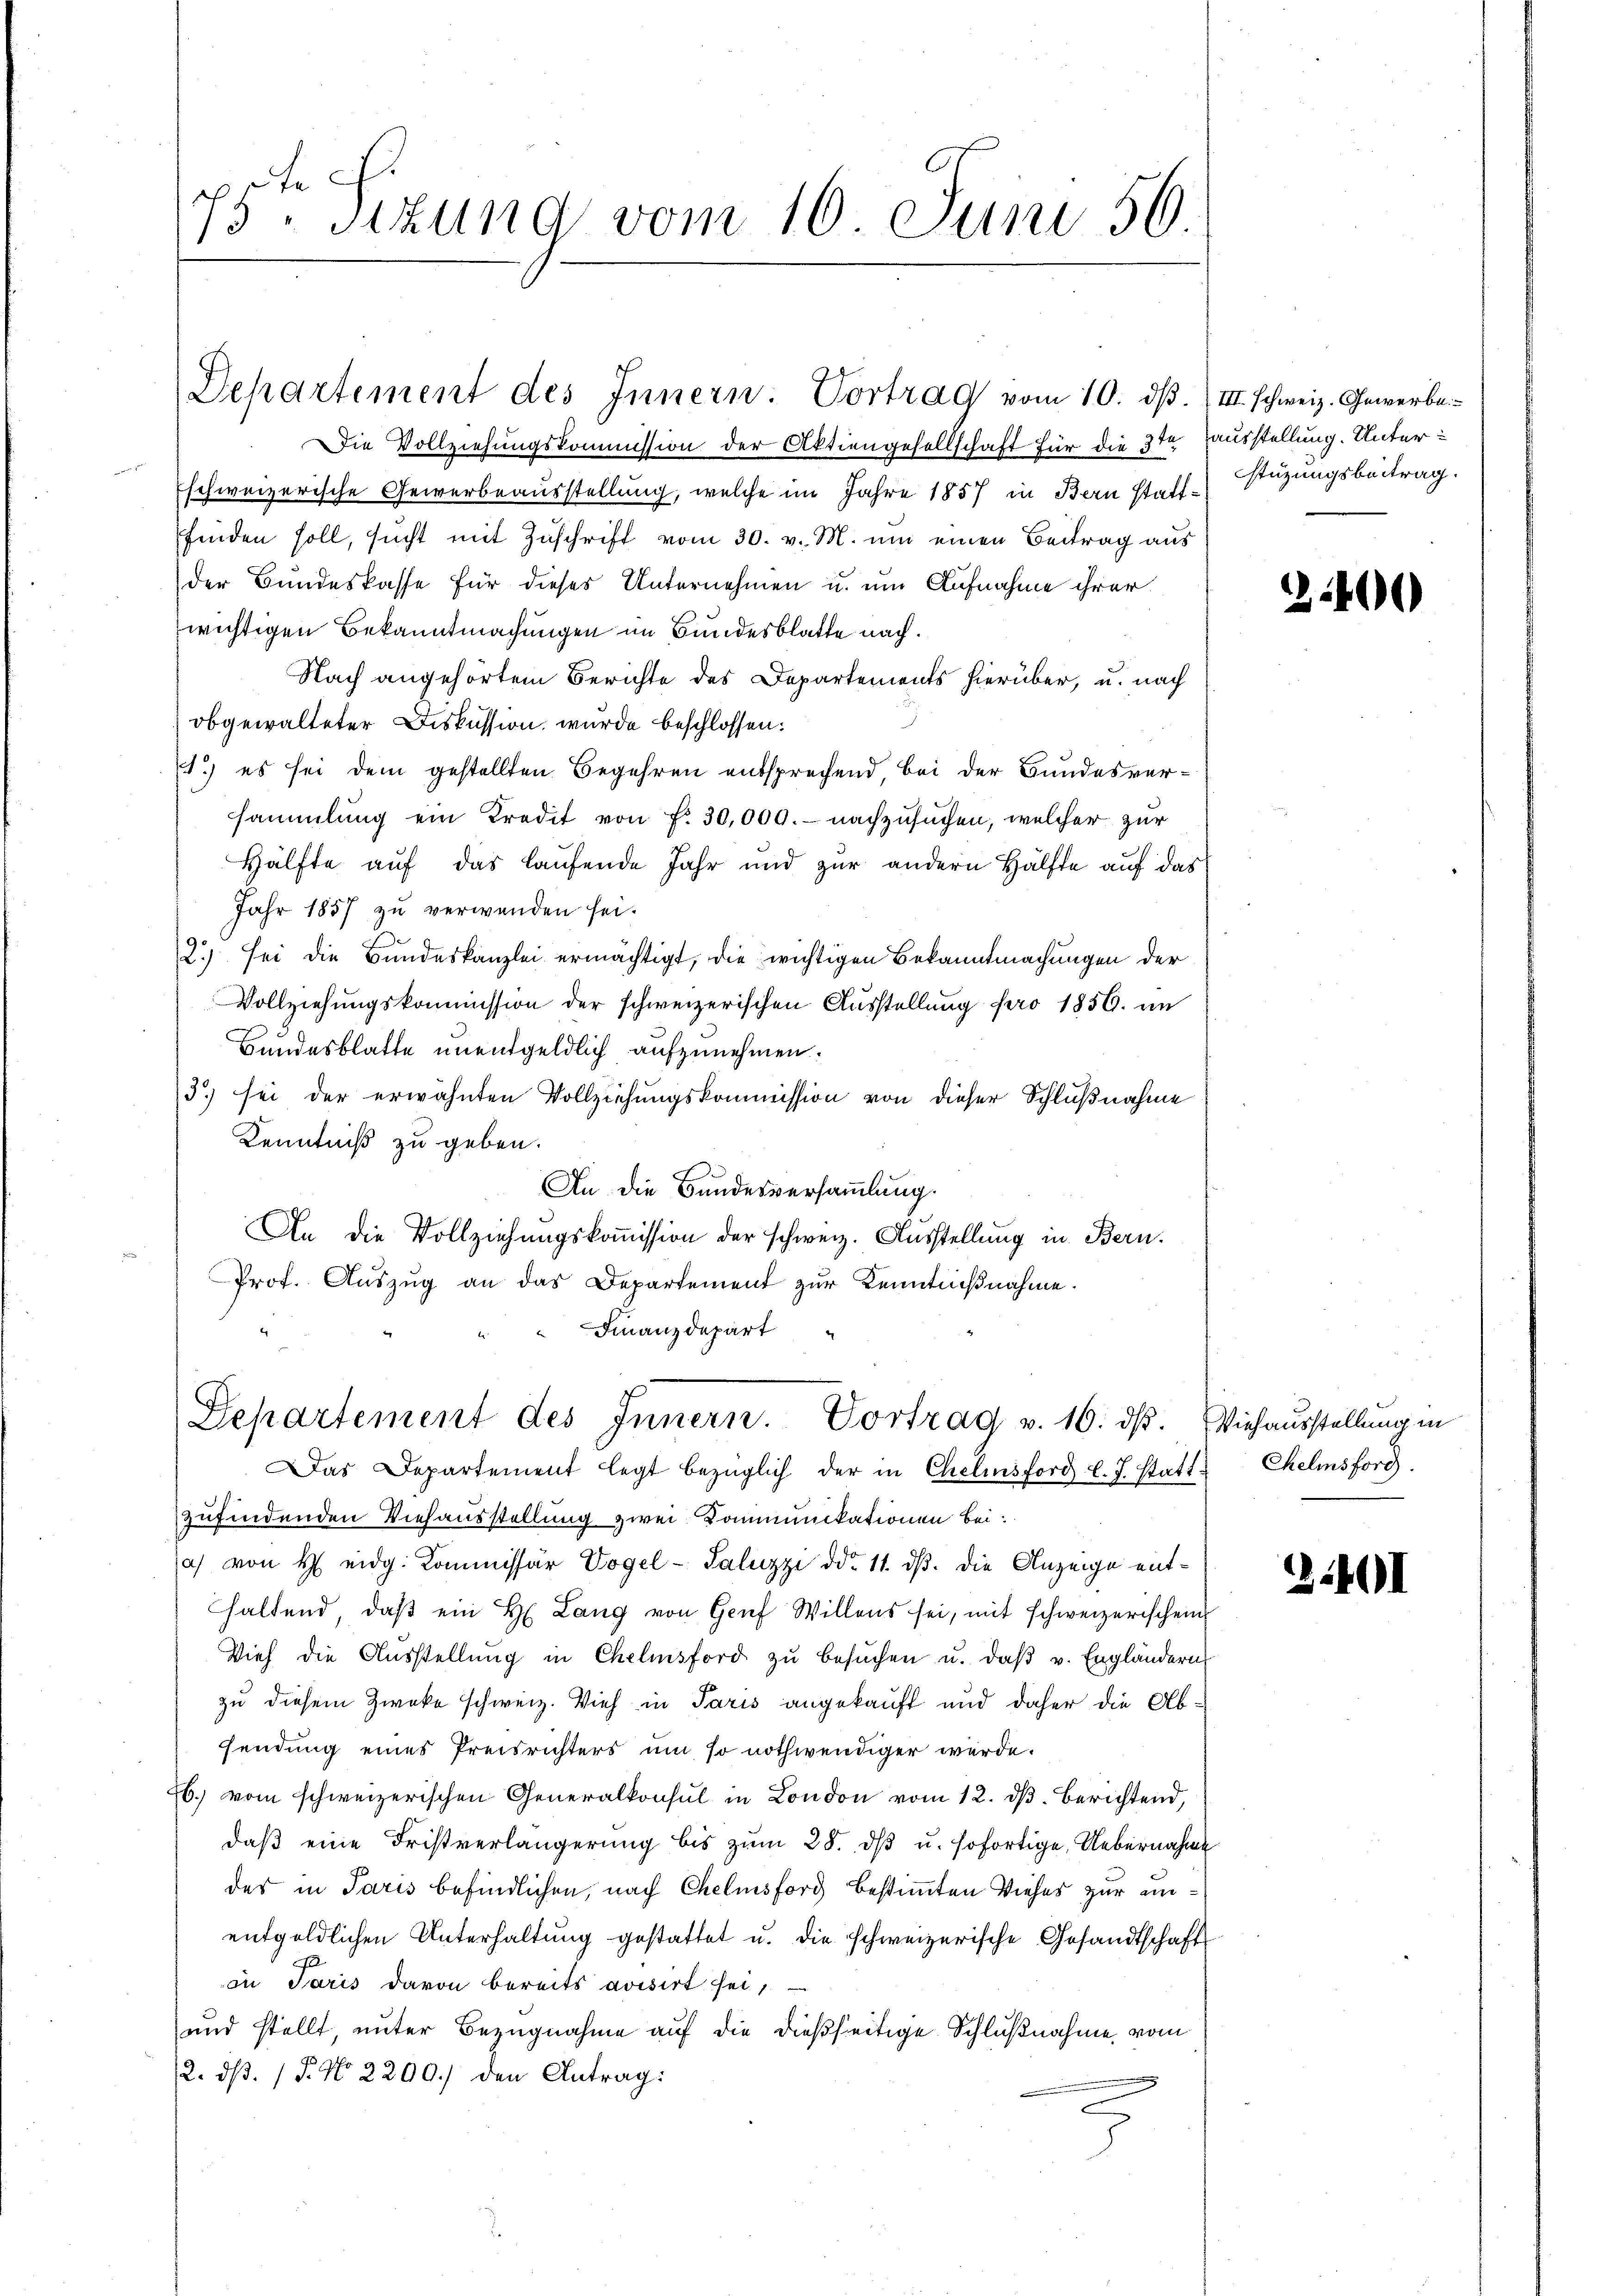
75ten Sizung vom 16. Juni 56.

Departement des Innern. Vortrag vom 10. dβ. (III. Schweiz. Gewerbe

Departement des Innern. Vortrag v. 16. dβ.
as Departement legt bezüglich der in Chelmsford l. J. Statt Chelmsford

stüzungsbeitrag.

Die Vollziehungskommission der Aktiengesellschaft für die 3te ausstellung. Unterschweizerische Gewerbeausstellung, welche im Jahre 1857 in Bern stattfinden soll, sucht mit Zuschrift vom 30. v. M. um einen Beitrag aus
der Bundeskasse für dieses Unternehmen u. um Aufnahme ihrer
wichtigen Bekanntmachungen im Bundesblatte nach.
Nach angehörtem Berichte des Departements hierüber, u. nach
obgewalteter Diskussion, wurde beschlossen:
1.) es sei dem gestellten Begehren entsprechend, bei der Bundesversammlung ein Kredit von fr. 30,000.- nachzusuchen, welcher zur
Hälfte auf das laufende Jahr und zur andern Hälfte auf das
Jahr 1857 zu verwenden sei.
2.) sei die Bundeskanzlei ermächtigt, die wichtigen Bekanntmachungen der
Vollziehungskommission der schweizerischen Ausstellung pro 1856. an
Bundesblatte unentgeldlich aufzunehmen.
3) sei der erwähnten Vollziehungskommission von dieser Schlußnahme
Kenntniß zu geben.
An die Bundesversammlung.
An die Vollziehungskoṁission der schweiz. Ausstellung in Bern.
Prof. Auszug an das Departement zur Kenntnißnahme.
Finanzdepart

zufindenden Viehausstellung zwei Kommunikationen bei:
a) von H eidg. Kommissär Vogel-Saluzzi ddo. 11. ds. die Anzeige enthaltend, daβ ein H. Lang von Graf Willens sei, mit schweizerischein
Vieh die Aŭsstellŭng in Chelmsford zŭ besŭchen u. daβ v. Engländern
zu diesem Zwecke schweiz. Vieh in Paris angekauft und daher die Absendung eines Preisrichters um so nothwendiger werde.
Eb. vom schweizerischen Generalkonsul in London vom 12. dβ. Berichtend,
daß eine Fristverlängerung bis zum 28. dβ u. sofortige Uebernahme
der in Paris befindlichen, nach Chelmsford bestimmten Viehes zur unentgeldlichen Unterhaltung gestattet u. die schweizerische Gesandtschaft
in Paris davon bereits avisirt sei,
und stellt, unter Bezugnahme auf die dießseitige Schlußnahme vom
12. ds. / P. No 2200. den Antrag:

2400

Viehausstellung in

3401